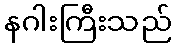
နဂါးကြီးသည်